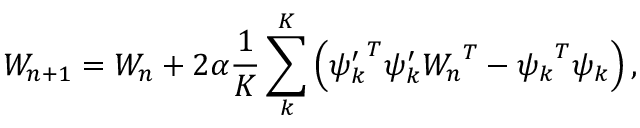
W _ { n + 1 } = { W _ { n } } + 2 \alpha \frac { 1 } { K } \sum _ { k } ^ { K } \left( { \psi _ { k } ^ { \prime } } ^ { T } { \psi _ { k } ^ { \prime } } { W _ { n } } ^ { T } - { \psi _ { k } } ^ { T } { \psi _ { k } } \right) ,